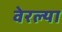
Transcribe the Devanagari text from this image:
वेरल्या